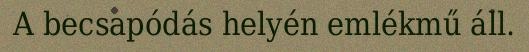
A becsapódás helyén emlékmű áll.